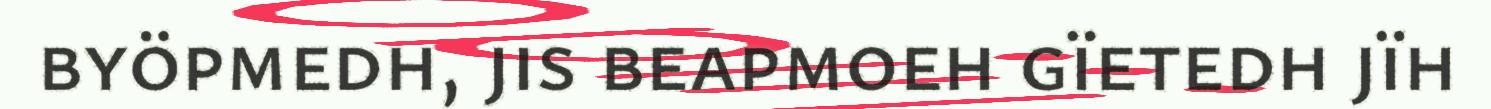
byöpmedh, jis beapmoeh gïetedh jïh